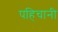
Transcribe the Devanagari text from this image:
पहिचानी